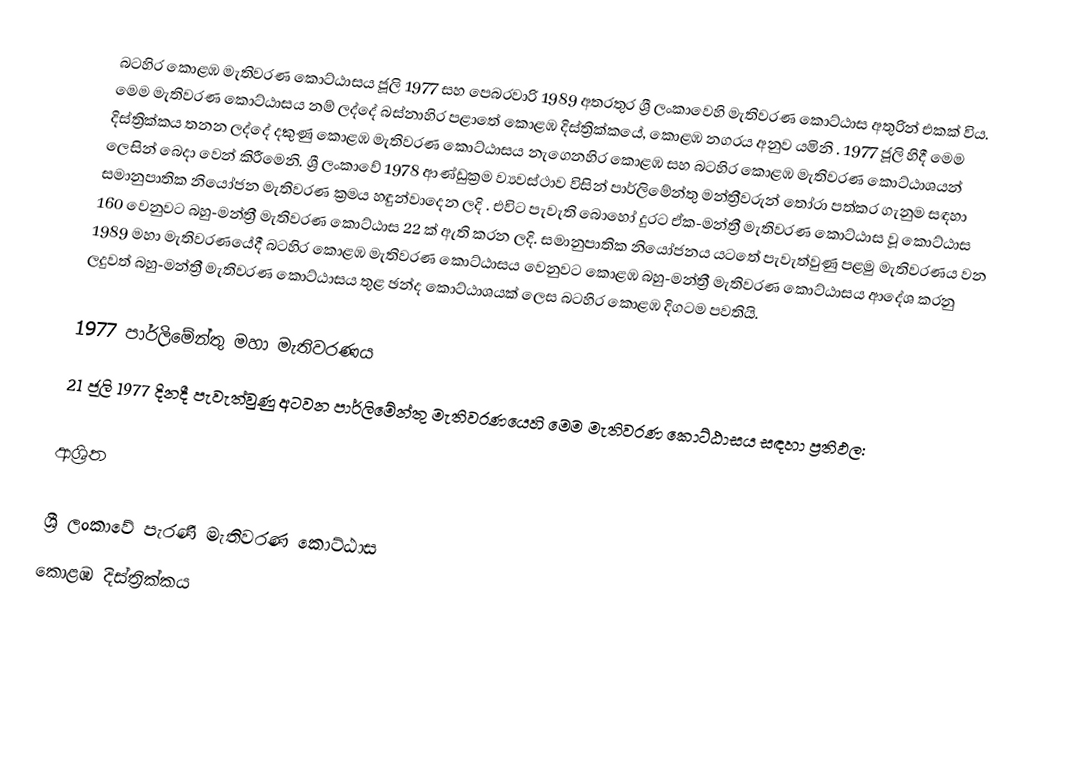
බටහිර කොළඹ මැතිවරණ කොට්ඨාසය  ජූලි  1977 සහ පෙබරවාරි 1989 අතරතුර  ශ්‍රී ලංකාවෙහි  මැතිවරණ කොට්ඨාස අතුරින් එකක් විය. මෙම මැතිවරණ කොට්ඨාසය නම් ලද්දේ  බස්නාහිර පළාතේ  කොළඹ දිස්ත්‍රික්කයේ,  කොළඹ නගරය අනුව යමිනි . 1977 ජූලි හිදී මෙම දිස්ත්‍රික්කය තනන ලද්දේ දකුණු කොළඹ මැතිවරණ කොට්ඨාසය නැගෙනහිර කොළඹ සහ බටහිර කොළඹ මැතිවරණ කොට්ඨාශයන් ලෙසින් බෙදා වෙන් කිරීමෙනි. ශ්‍රී ලංකාවේ 1978 ආණ්ඩුක්‍රම ව්‍යවස්ථාව විසින්   පාර්ලිමේන්තු මන්ත්‍රීවරුන් තෝරා පත්කර ගැනුම සඳහා සමානුපාතික නියෝජන මැතිවරණ ක්‍රමය හඳුන්වාදෙන ලදි . එවිට පැවැති බොහෝ දුරට  ඒක-මන්ත්‍රී මැතිවරණ කොට්ඨාස වූ කොට්ඨාස 160 වෙනුවට බහු-මන්ත්‍රී මැතිවරණ කොට්ඨාස 22 ක් ඇති කරන ලදි. සමානුපාතික නියෝජනය යටතේ පැවැත්වුණු පළමු මැතිවරණය වන 1989 මහා මැතිවරණයේදී  බටහිර කොළඹ මැතිවරණ කොට්ඨාසය වෙනුවට  කොළඹ බහු-මන්ත්‍රී මැතිවරණ කොට්ඨාසය  ආදේශ කරනු ලදුවත් බහු-මන්ත්‍රී මැතිවරණ කොට්ඨාසය තුළ ඡන්ද කොට්ඨාශයක් ලෙස බටහිර කොළඹ දිගටම පවතියි.

1977 පාර්ලිමේන්තු මහා මැතිවරණය
21 ජූලි 1977 දිනදී පැවැත්වුණු  අටවන පාර්ලිමේන්තු මැතිවරණයෙහි මෙම මැතිවරණ කොට්ඨාසය සඳහා ප්‍රතිඵල:

ආශ්‍රිත

ශ්‍රී ලංකාවේ පැරණි මැතිවරණ කොට්ඨාස
 කොළඹ දිස්ත්‍රික්කය